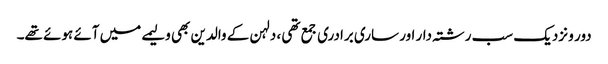
دور و نزدیک سب رشتہ دار اور ساری برادری جمع تھی ، دلہن کے والدین بھی ولیمے میں آئے ہوئے تھے۔